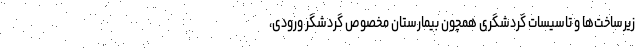
زیرساخت‌ها و تاسیسات گردشگری همچون بیمارستان مخصوص گردشگر ورودی،